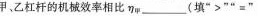
中甲。乙杠杆的机械效率相比ηw_(填”>””=